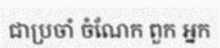
ជាប្រចាំ ចំណែក ពួក អ្នក